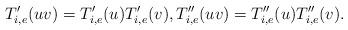
LaTeX: \begin{align*} T'_{i,e}(uv)=T'_{i,e}(u)T'_{i,e}(v),T''_{i,e}(uv)=T''_{i,e}(u)T''_{i,e}(v).\end{align*}